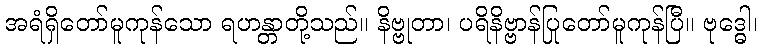
အရံရှိတော်မူကုန်သော ရဟန္တာတို့သည်။ နိဗ္ဗုတာ၊ ပရိနိဗ္ဗာန်ပြုတော်မူကုန်ပြီ။ ဗုဒ္ဓေါ၊